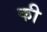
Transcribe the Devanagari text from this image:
की